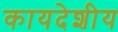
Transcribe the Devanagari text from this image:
कायदेशीय